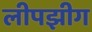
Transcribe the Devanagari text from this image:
लीपझीग